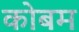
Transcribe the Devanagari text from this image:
कोबम